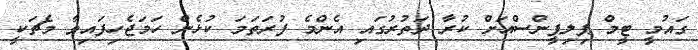
ގައުމީ ޓީމް ޕިލިޕީންސްއަށް ކުރާ ދަތުރުގައި އެންމެ ފުރަތަމަ ކުޅެން ހަމަޖެހިފައިވާ މެޗަކީ